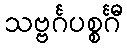
သဗ္ဗင်္ဂပစ္စင်္ဂီ